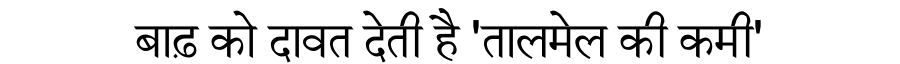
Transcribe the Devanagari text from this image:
बाढ़ को दावत देती है 'तालमेल की कमी'